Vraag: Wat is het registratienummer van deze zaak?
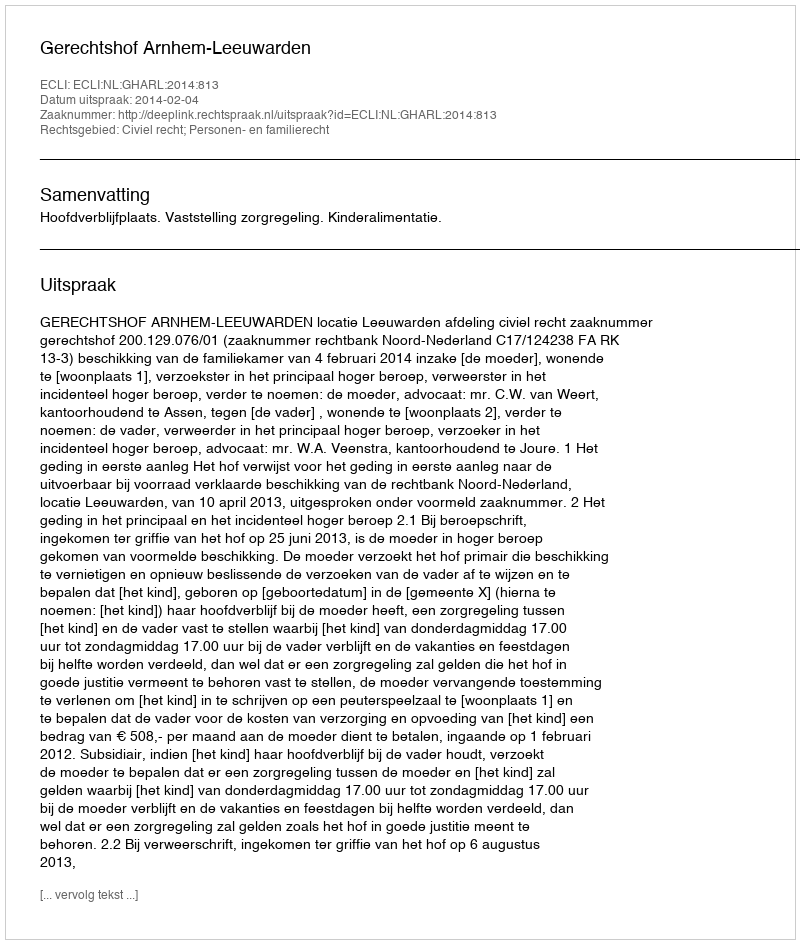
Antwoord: http://deeplink.rechtspraak.nl/uitspraak?id=ECLI:NL:GHARL:2014:813